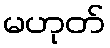
မဟုတ်